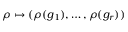
\rho \mapsto ( \rho ( g _ { 1 } ) , \ldots , \rho ( g _ { r } ) )